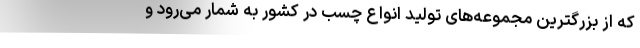
که از بزرگترین مجموعه‌های تولید انواع چسب در کشور به شمار می‌رود و